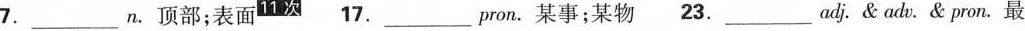
7.___n.顶部；表面^{11次} 17.___pron.某事；某物 23.___adj.&adv.&pron.最